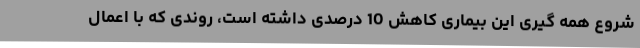
شروع همه گیری این بیماری کاهش 10 درصدی داشته است، روندی که با اعمال